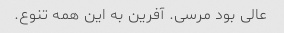
عالی بود مرسی. آفرین به این همه تنوع.